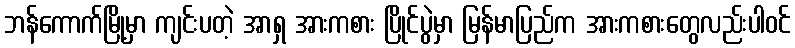
ဘန်ကောက်မြို့မှာ ကျင်းပတဲ့ အာရှ အားကစား ပြိုင်ပွဲမှာ မြန်မာပြည်က အားကစားတွေလည်းပါဝင်